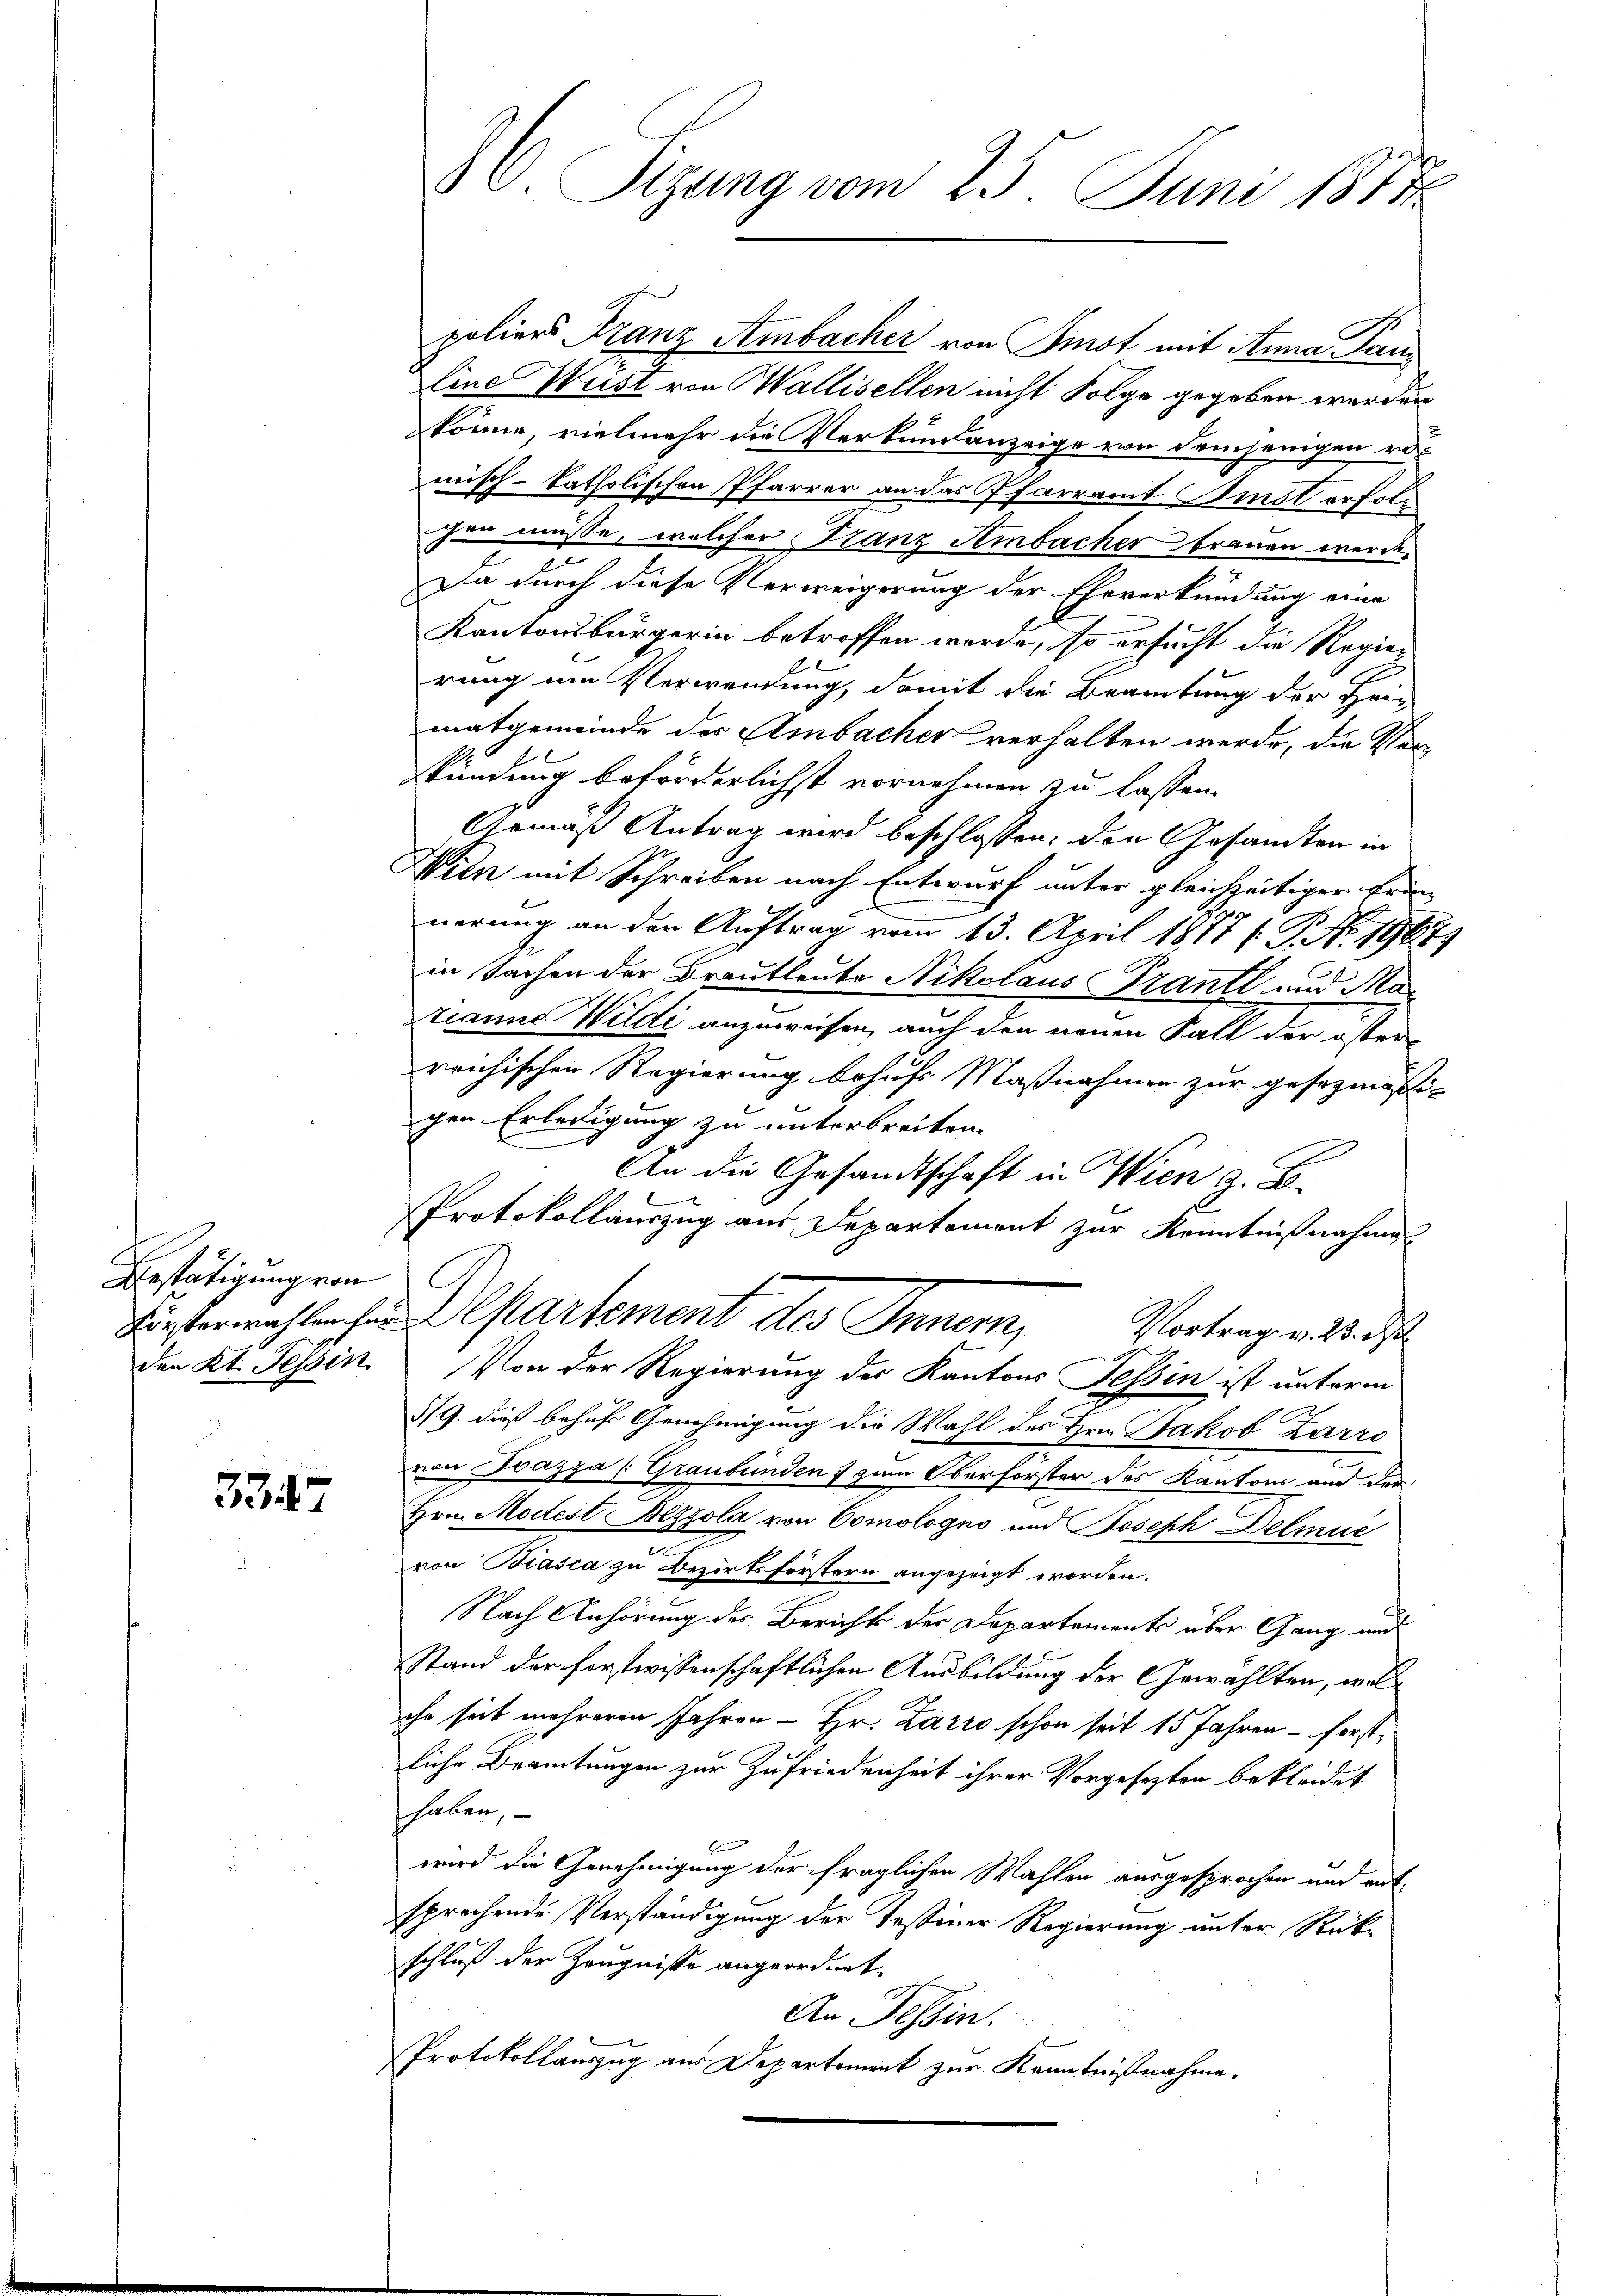
Bestätigung von

337

. Sizung vom 25. Juni 1883.

poliers Franz Ambacher von Imst mit Anna Tan¬
Eine Weist von Wallisellen nicht Folge gegeben werden
könne, vielmehr die Verkundenzeige von demjenigen romisch-katholischen Pfarrer an das Pfarramt Imst erfolchen müsse, welcher Franz Ambacher trauen werde.
s
Da durch diese Verweigerung der Eheverkündung eine
Kantonsbürgerin betroffen werde, so ersucht die Regierung um Verwendung, damit die Beamtung der Heiz
matgemeinde des Ambacher verhalten werde, die Verskündung beförderlichst vornehmen zu lassen.
Gemäß Antrag wird beschlossen: den Gesandten in
Wien mit Schreiben nach Entwurf unter gleichzeitiger Bran-
nerung an der Auftrag vom 13. April 1877 (: P. Nr. 1967)
in Sachen der Brautleute Nikolaus Prantl und Mar
zeanne Wildi anzuweisen, auch den neuen Fall der österreichischen Regierung behufs Maßnahmen zur gesezmäßigen Erledigung zu unterbreiten.
An die Gesandtschaft in Wien z. B.
Protokollauszug aus Departement zur Kenntnißnahme
Fierferwahlen hin partement des Innern,
Vortrag v. 23. d
den Kt. Tessin. Von der Regierung der Kantons Tessin ist unterm
5/9. dieß behufs Genehmigung die Wahl des Hrn. Jakob Zarre
von Ioazza (Graubünden 7 zum Oberforster des Kantons und der
Hrn. Modest Bezzola von Comologno und Joseph Delmue
von Biasca zu Bezirksförstern angezeigt worden.
Nach Anhörung des Berichts der Departements über Gang und
stand der fortwissenschaftlichen Ausbildung der Gewählten, welihr seit mehreren Jahren – Hr. Zarro schon seit 15 Jahren – forstliche Beamtungen zur Zufriedenheit ihrer Vorgesezten bekleidet
haben,
wird die Genehmigung der fraglichen Wahlen ausgesprochen und entsprechende Verständigung der Tessiner Regierung unter Rück-
schluß der Zeugnisse angeordnet.
An Tessin.
Protokollauszug aus Departement zur Kenntnißnahme.